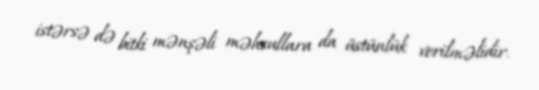
istərsə də bitki mənşəli məhsullara da üstünlük verilməlidir.